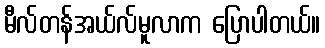
မီလ်တန်အယ်လ်မူလာက ပြောပါတယ်။